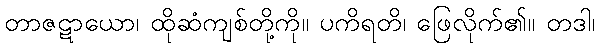
တာဇဋာယော၊ ထိုဆံကျစ်တို့ကို။ ပကိရတိ၊ ဖြေလိုက်၏။ တဒါ၊